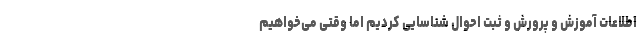
اطلاعات آموزش و پرورش و ثبت احوال شناسایی کردیم اما وقتی می‌خواهیم